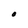
Character: O